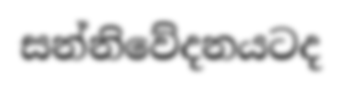
සන්නිවේදනයටද